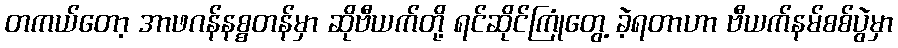
တကယ်တော့ အာဖဂန်နစ္စတန်မှာ ဆိုဗီယက်တို့ ရင်ဆိုင်ကြုံတွေ့ ခဲ့ရတာဟာ ဗီယက်နမ်စစ်ပွဲမှာ